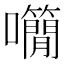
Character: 𡅌